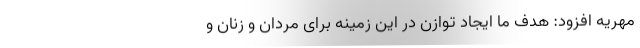
مهریه افزود: هدف ما ایجاد توازن در این زمینه برای مردان و زنان و